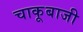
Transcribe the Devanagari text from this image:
चाकूबाजी